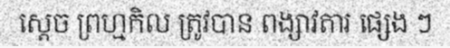
ស្តេច ព្រហ្មកិល ត្រូវបាន ពង្សាវតារ ផ្សេង ៗ